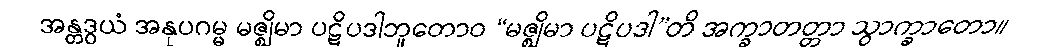
အန္တဒွယံ အနုပဂမ္မ မဇ္ဈိမာ ပဋိပဒါဘူတောဝ “မဇ္ဈိမာ ပဋိပဒါ”တိ အက္ခာတတ္တာ သွာက္ခာတော။